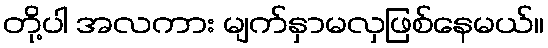
တို့ပါ အလကား မျက်နှာမလှဖြစ်နေမယ်။